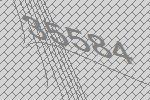
35584